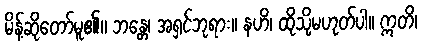
မိန့်ဆိုတော်မူ၏။ ဘန္တေ၊ အရှင်ဘုရား။ နဟိ၊ ထိုသို့မဟုတ်ပါ။ ဣတိ၊